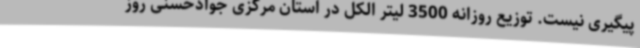
پیگیری نیست. توزیع روزانه 3500 لیتر الکل در استان مرکزی جوادحسنی روز